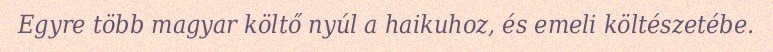
Egyre több magyar költő nyúl a haikuhoz, és emeli költészetébe.